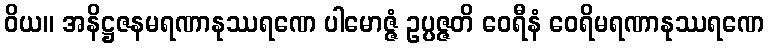
ဝိယ။ အနိဋ္ဌဇနမရဏာနုဿရဏေ ပါမောဇ္ဇံ ဥပ္ပဇ္ဇတိ ဝေရီနံ ဝေရိမရဏာနုဿရဏေ